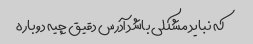
که نباید مشکلی باشد آدرس دقیق چیه دوباره